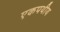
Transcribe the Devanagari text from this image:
एकपथीय